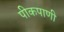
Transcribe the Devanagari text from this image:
पीकपाणी